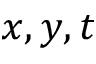
x , y , t